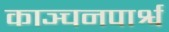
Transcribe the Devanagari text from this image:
काञ्चनपार्श्व